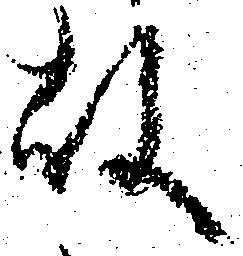
故